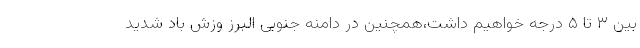
بین ۳ تا ۵ درجه خواهیم داشت،همچنین در دامنه جنوبی البرز وزش باد شدید